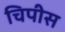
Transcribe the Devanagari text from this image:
चिपीस